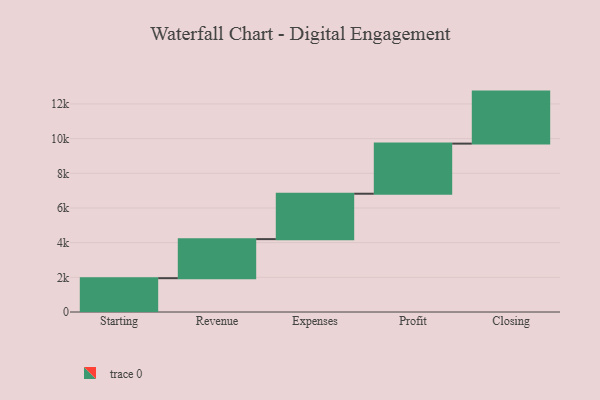
{"axis": {"x": "Step", "y": "Value"}, "legend": [""], "data": [{"x": "Starting", "y": 1950.0, "type": ""}, {"x": "Revenue", "y": 2253.0, "type": ""}, {"x": "Expenses", "y": 2619.0, "type": ""}, {"x": "Profit", "y": 2890.0, "type": ""}, {"x": "Closing", "y": 3000, "type": ""}]}